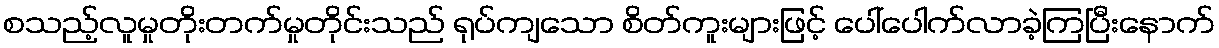
စသည့်လူမှုတိုးတက်မှုတိုင်းသည် ရုပ်ကျသော စိတ်ကူးများဖြင့် ပေါ်ပေါက်လာခဲ့ကြပြီးနောက်